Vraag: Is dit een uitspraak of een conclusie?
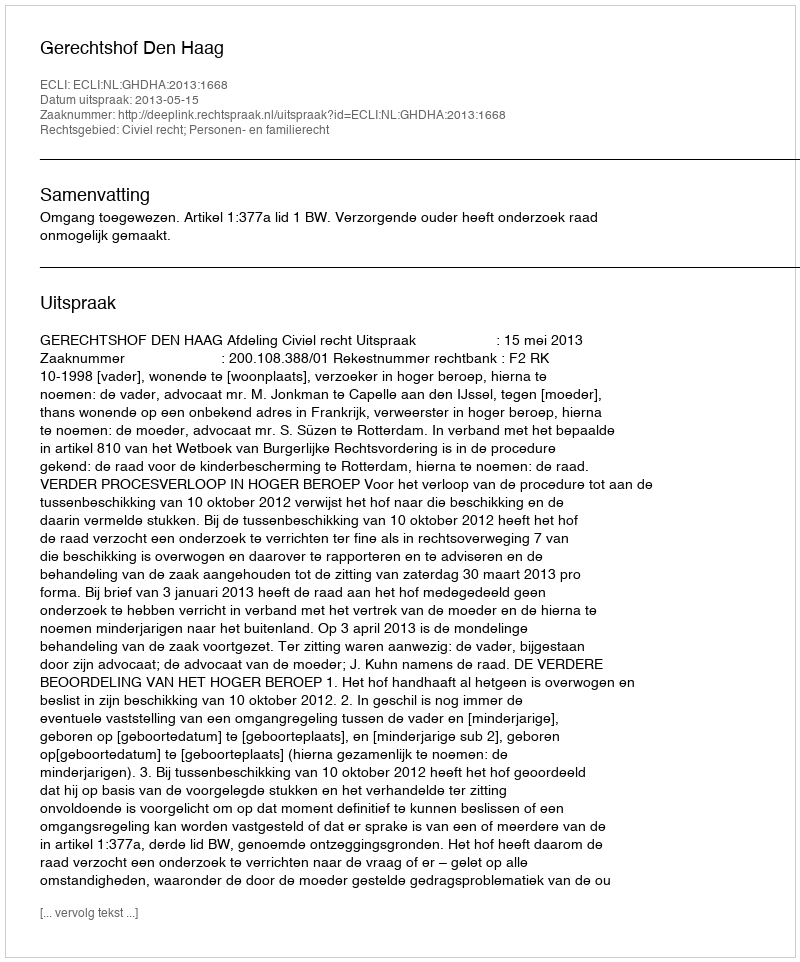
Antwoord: Uitspraak